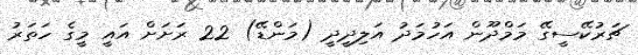
ޗަރުކޭސީގޭ މަމްދޫން އަހުމަދު އަލިދީދީ (މަންޑޭ) 22 ރަށަށް އައީ މީގެ ހަތަރު